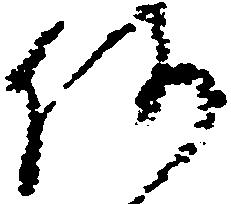
何